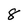
Character: 8